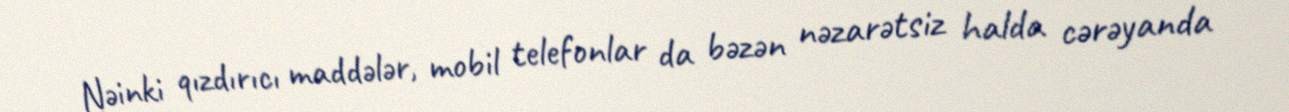
Nəinki qızdırıcı maddələr, mobil telefonlar da bəzən nəzarətsiz halda cərəyanda